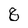
Character: 8